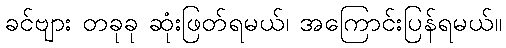
ခင်ဗျား တခုခု ဆုံးဖြတ်ရမယ်၊ အကြောင်းပြန်ရမယ်။